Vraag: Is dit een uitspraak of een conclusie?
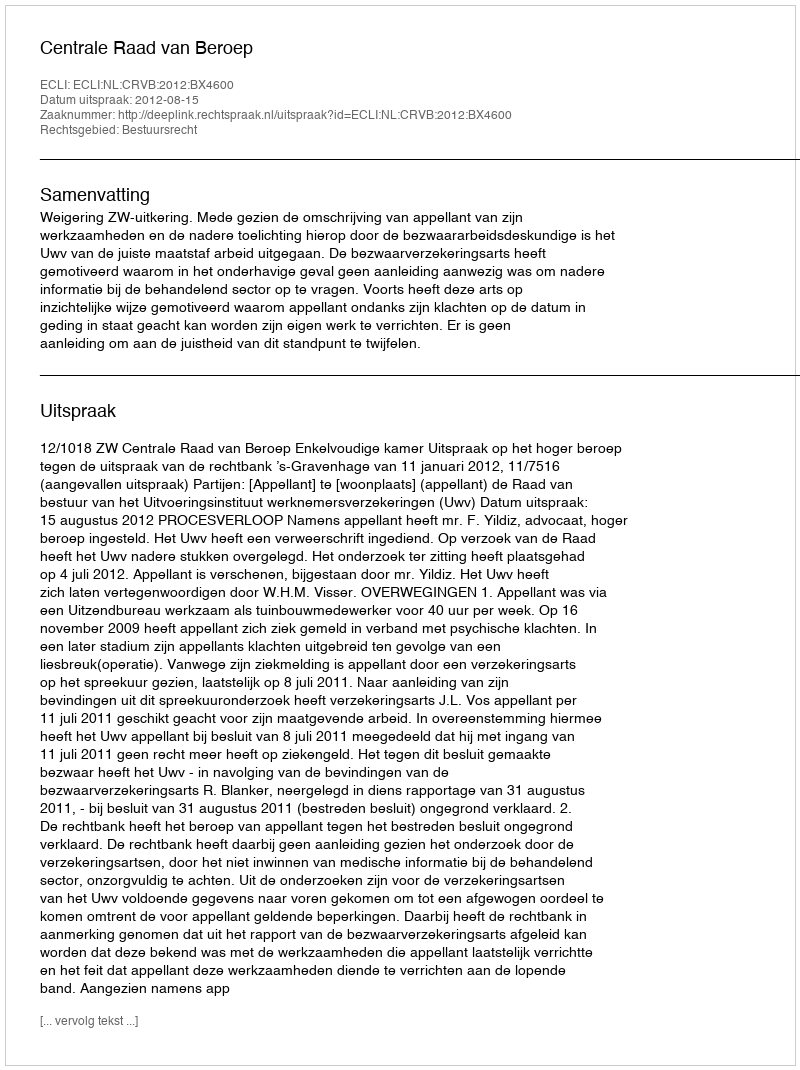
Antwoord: Uitspraak